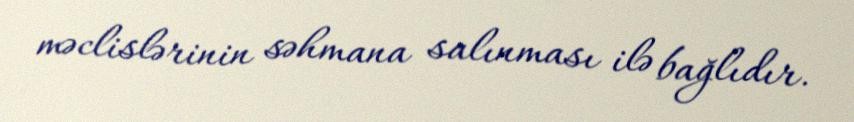
məclislərinin səhmana salınması ilə bağlıdır.